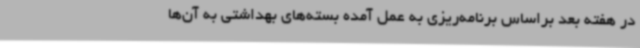
در هفته بعد براساس برنامه‌ریزی به عمل آمده بسته‌های بهداشتی به آن‌ها